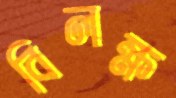
বিলক্ষ